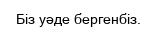
Біз уәде бергенбіз.